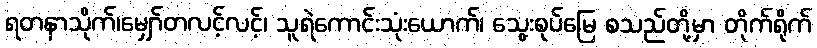
ရတနာသိုက်၊မျှော်တလင့်လင့်၊ သူရဲကောင်းသုံးယောက်၊ သွေးစုပ်မြေ စသည်တို့မှာ တိုက်ရိုက်